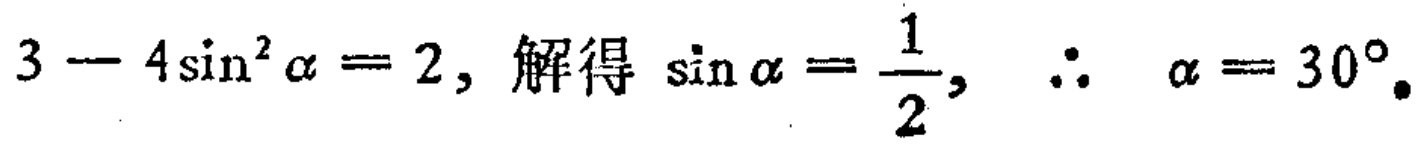
\(3 - 4\sin^{2}\alpha = 2,\ 解得\ \sin\alpha = \frac{1}{2},\ \therefore\ \alpha = 30^{\circ}.\)